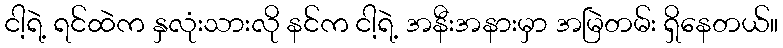
ငါ့ရဲ့ ရင်ထဲက နှလုံးသားလို နင်က ငါ့ရဲ့ အနီးအနားမှာ အမြဲတမ်း ရှိနေတယ်။